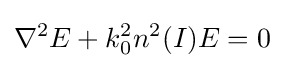
\nabla ^{2}E+k_{0}^{2}n^{2}(I)E=0